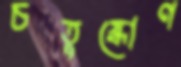
চতুষ্কোণ